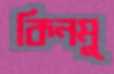
কিনমু